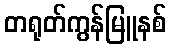
တရုတ်ကွန်မြူနစ်